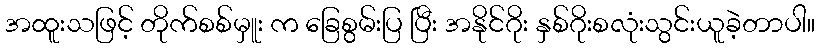
အထူးသဖြင့် တိုက်စစ်မှူး က ခြေစွမ်းပြ ပြီး အနိုင်ဂိုး နှစ်ဂိုးစလုံးသွင်းယူခဲ့တာပါ။